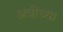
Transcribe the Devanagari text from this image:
अत्रींच्या